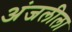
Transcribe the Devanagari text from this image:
अंजलीला